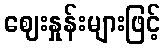
ဈေးနှုန်းများဖြင့်